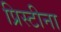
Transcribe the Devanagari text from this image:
प्रिस्टीना